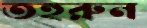
তহুরুন